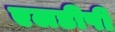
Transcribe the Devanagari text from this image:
एलडीपी